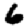
Digit: 6